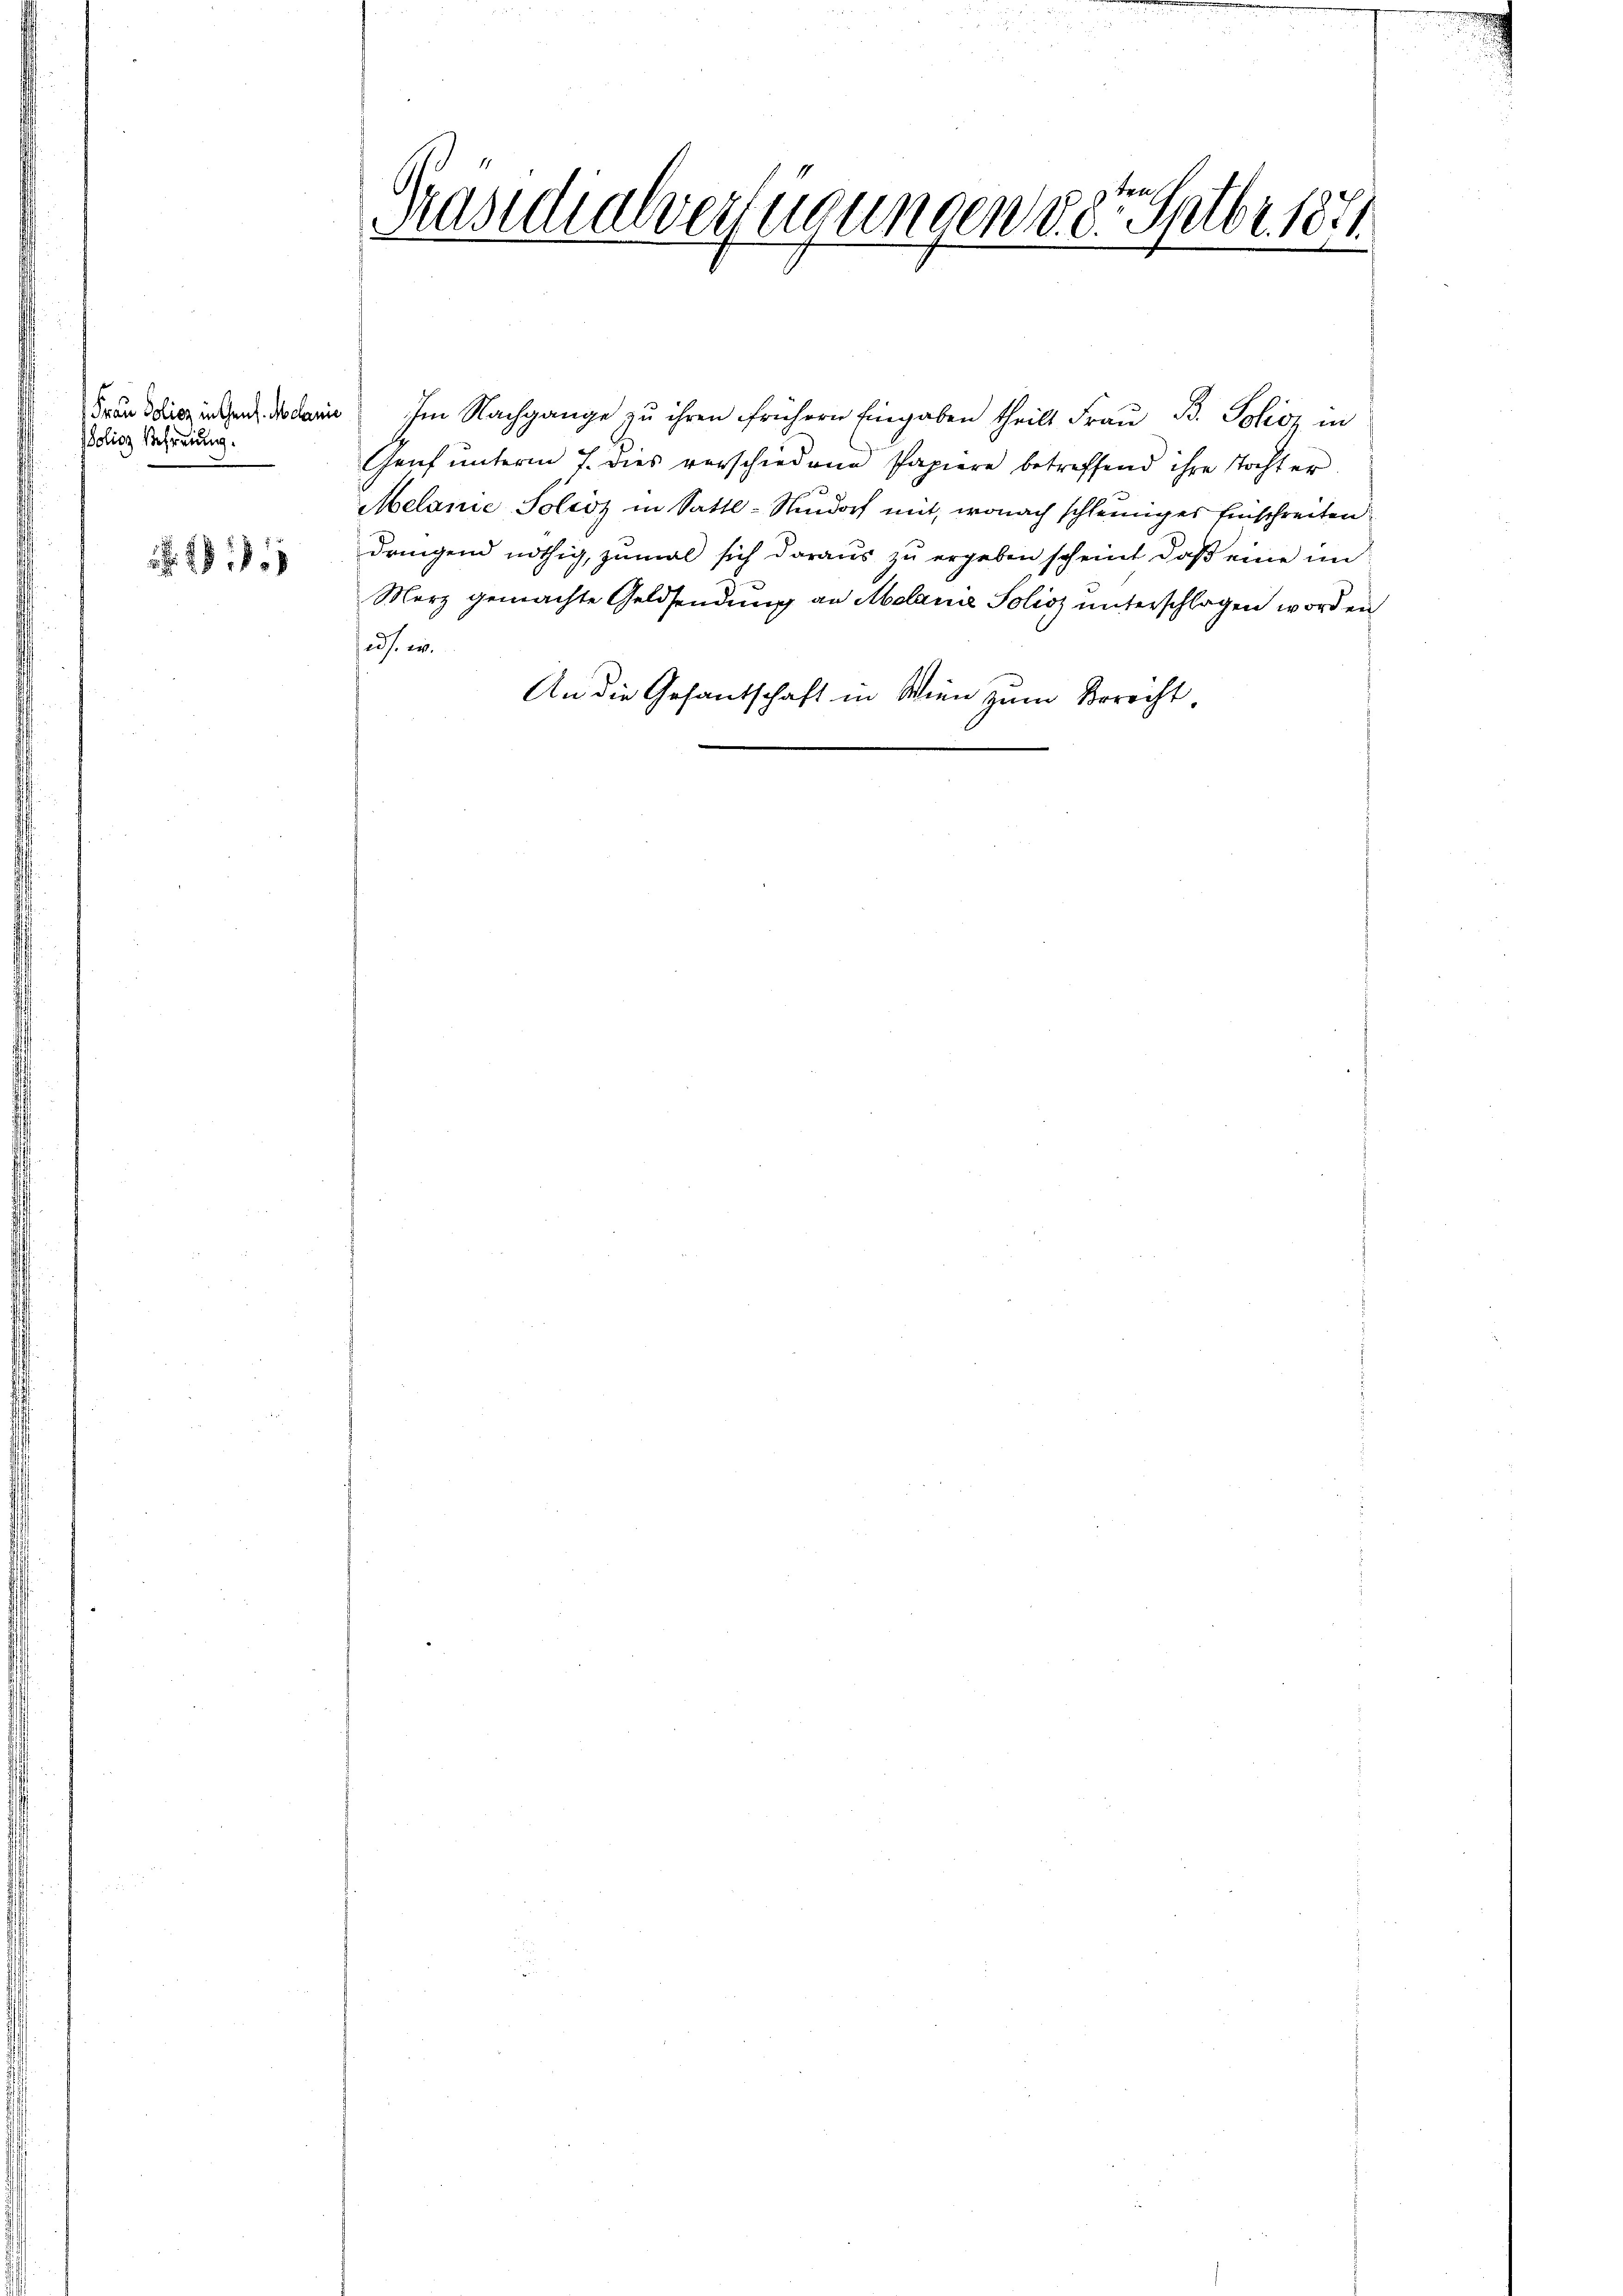
Frau Policz in Genf. Melanie
olios Befreiung.

1

Präsidialvertigungen v. dr. Sptbr. 1871

f

Im Nachgange zu ihren frühern Eingaben theilt Frau B. Policz in
Genf unterm 7. dies verschiedene Papiere betreffend ihre Tochter
Melanie Soliiz in Sattl-Nindorf mit, wonach schleiniges Einschreiten
dringend nöthig, zumal sich daraus zu ergeben scheint, daß eine un
Merz gemachte Geldsendung an Molanie Solioz unterschlagen worden
eds. w.
An die Gesantschaft in Wien zum Berecht,